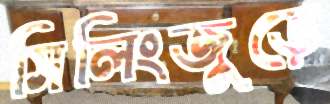
সিলিংজুড়ে